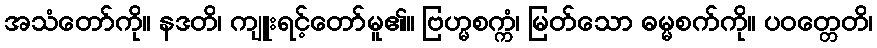
အသံတော်ကို။ နဒတိ၊ ကျူးရင့်တော်မူ၏။ ဗြဟ္မစက္ကံ၊ မြတ်သော ဓမ္မစက်ကို။ ပဝတ္တေတိ၊